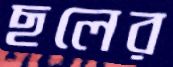
ছলের